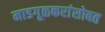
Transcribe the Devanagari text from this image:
माडगूळकरांसोबत